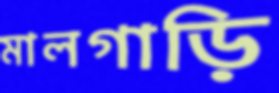
মালগাড়ি